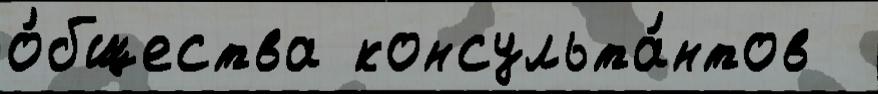
о́бщества консульта́нтов